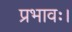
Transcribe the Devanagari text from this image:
प्रभावः।